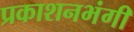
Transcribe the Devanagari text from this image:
प्रकाशनभंगी